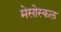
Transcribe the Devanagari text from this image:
मेसोस्कल